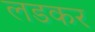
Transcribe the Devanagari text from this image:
लडकर